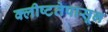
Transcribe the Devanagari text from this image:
क्लीष्टतेपासून